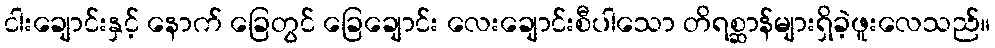
ငါးချောင်းနှင့် နောက် ခြေတွင် ခြေချောင်း လေးချောင်းစီပါသော တိရစ္ဆာန်များရှိခဲ့ဖူးလေသည်။